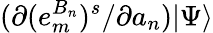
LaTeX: (\partial(e_{m}^{B_{n}})^{s}/\partial a_{n})|\Psi\rangle